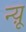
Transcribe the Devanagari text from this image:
न्यू़